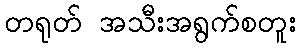
တရုတ် အသီးအရွက်စတူး